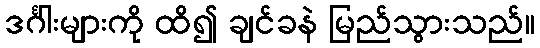
ဒင်္ဂါးများကို ထိ၍ ချင်ခနဲ မြည်သွားသည်။